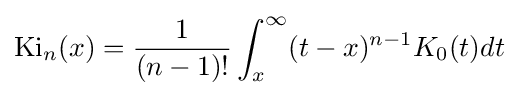
\operatorname {Ki} _{n}(x)={\frac {1}{(n-1)!}}\int _{x}^{\infty }(t-x)^{n-1}K_{0}(t)dt